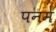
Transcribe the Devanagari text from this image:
पनम